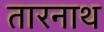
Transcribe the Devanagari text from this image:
तारनाथ